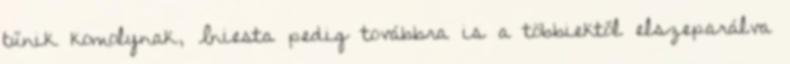
tűnik komolynak, Iniesta pedig továbbra is a többiektől elszeparálva